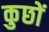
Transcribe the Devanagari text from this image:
कुछों